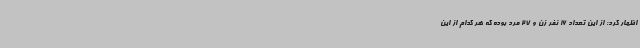
اظهار کرد: از این تعداد 16 نفر زن و 27 مرد بوده که هر کدام از این